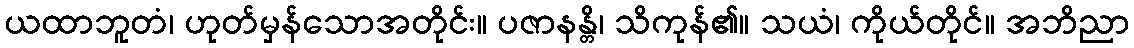
ယထာဘူတံ၊ ဟုတ်မှန်သောအတိုင်း။ ပဇာနန္တိ၊ သိကုန်၏။ သယံ၊ ကိုယ်တိုင်။ အဘိညာ